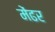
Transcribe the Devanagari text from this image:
मेंढर